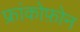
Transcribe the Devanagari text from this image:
फ्रांकोफ़ोन